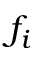
f _ { i }